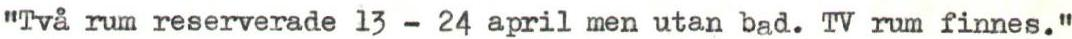
"Två rum reserverade 13 - 24 april men utan bad. TV rum finnes."